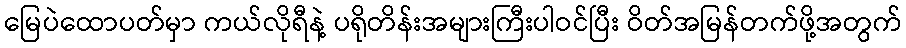
မြေပဲထောပတ်မှာ ကယ်လိုရီနဲ့ ပရိုတိန်းအများကြီးပါဝင်ပြီး ဝိတ်အမြန်တက်ဖို့အတွက်